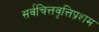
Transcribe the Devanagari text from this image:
सर्वचित्तवृत्तिप्रशम